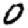
Digit: 0